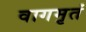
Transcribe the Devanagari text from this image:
वागमृतं